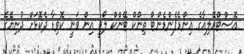
އޮސްޓްރޭލިއާގެ އިންޑެޕެންޑެންޓް ތިންކް ޓޭންކް ލޯވީ އިން ވަނީ ކޮވިޑާ ދެކޮޅަށް ދުނިޔޭގެ